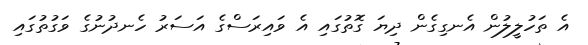
އެ ތަހުލީލުން އެނގިގެން ދިޔަ ގޮތުގައި އެ ވައިރަސްގެ އަސަރު ހެނދުނުގެ ވަގުތުގައި